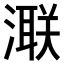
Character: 𣾍